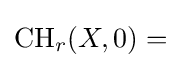
\operatorname {CH} _{r}(X,0)=